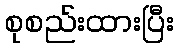
စုစည်းထားပြီး